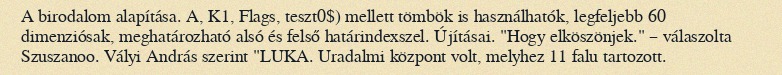
A birodalom alapítása. A, K1, Flags, teszt0$) mellett tömbök is használhatók, legfeljebb 60 dimenziósak, meghatározható alsó és felső határindexszel. Újításai. "Hogy elköszönjek." – válaszolta Szuszanoo. Vályi András szerint "LUKA. Uradalmi központ volt, melyhez 11 falu tartozott.